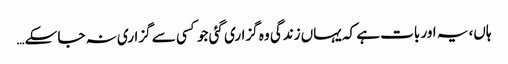
ہاں، یہ اور بات ہے کہ یہاں زندگی وہ گزاری گئی جو کسی سے گزاری نہ جا سکے…